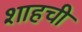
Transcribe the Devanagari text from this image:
शाहची